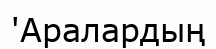
'Аралардың